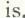
is.